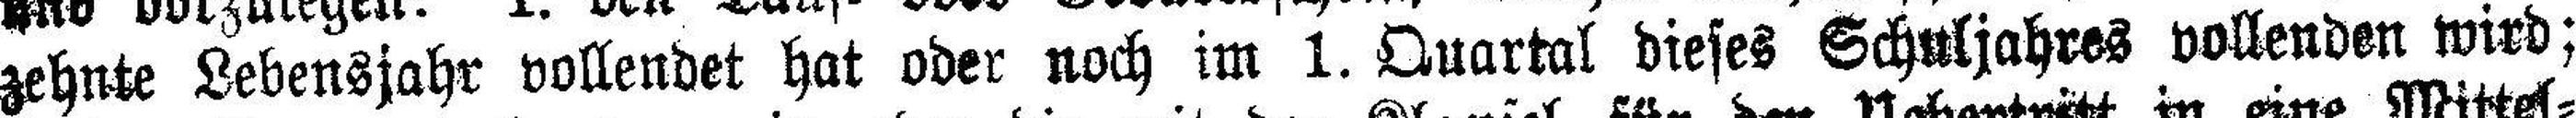
zehnte Lebensjahr vollendet hat oder noch im 1. Quartal dieses Schuljahres vollenden wird;